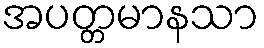
အပတ္တမာနသာ